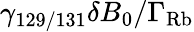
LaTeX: \gamma_{129/131}\delta B_{0}/\Gamma_{\mathrm{Rb}}